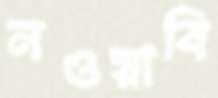
নওয়াবি